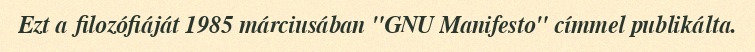
Ezt a filozófiáját 1985 márciusában "GNU Manifesto" címmel publikálta.